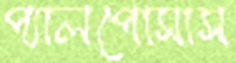
প্যালপোসাস